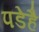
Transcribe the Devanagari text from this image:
पडेहै